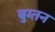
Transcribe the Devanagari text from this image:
बुग्तन